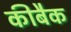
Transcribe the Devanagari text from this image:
कीबैक